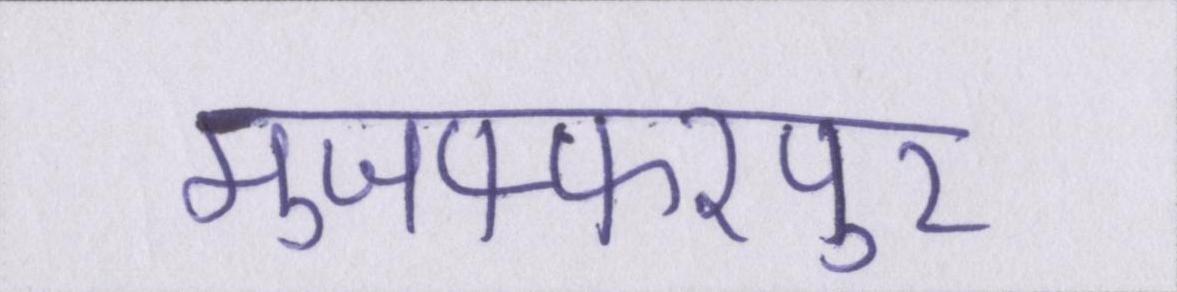
मुजफ्फरपुर